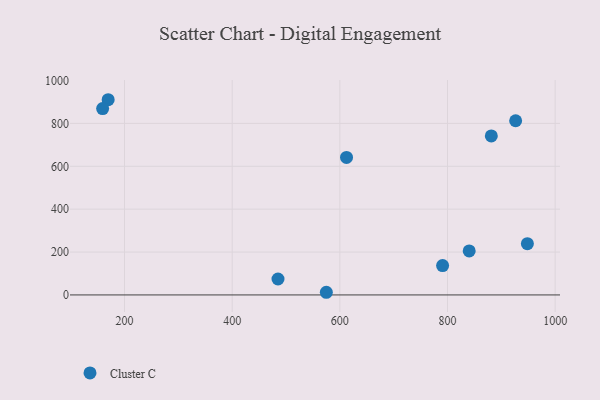
{"axis": {"x": "Investment", "y": "Rating"}, "legend": ["Cluster C"], "data": [{"x": "574.9", "y": 12.4, "type": "Cluster C"}, {"x": "790.9", "y": 136.8, "type": "Cluster C"}, {"x": "881.4", "y": 741.6, "type": "Cluster C"}, {"x": "840.3", "y": 205.1, "type": "Cluster C"}, {"x": "485.1", "y": 74.4, "type": "Cluster C"}, {"x": "612.4", "y": 641.3, "type": "Cluster C"}, {"x": "169.6", "y": 910.5, "type": "Cluster C"}, {"x": "159.3", "y": 869.3, "type": "Cluster C"}, {"x": "948.4", "y": 239.0, "type": "Cluster C"}, {"x": "926.6", "y": 812.5, "type": "Cluster C"}]}